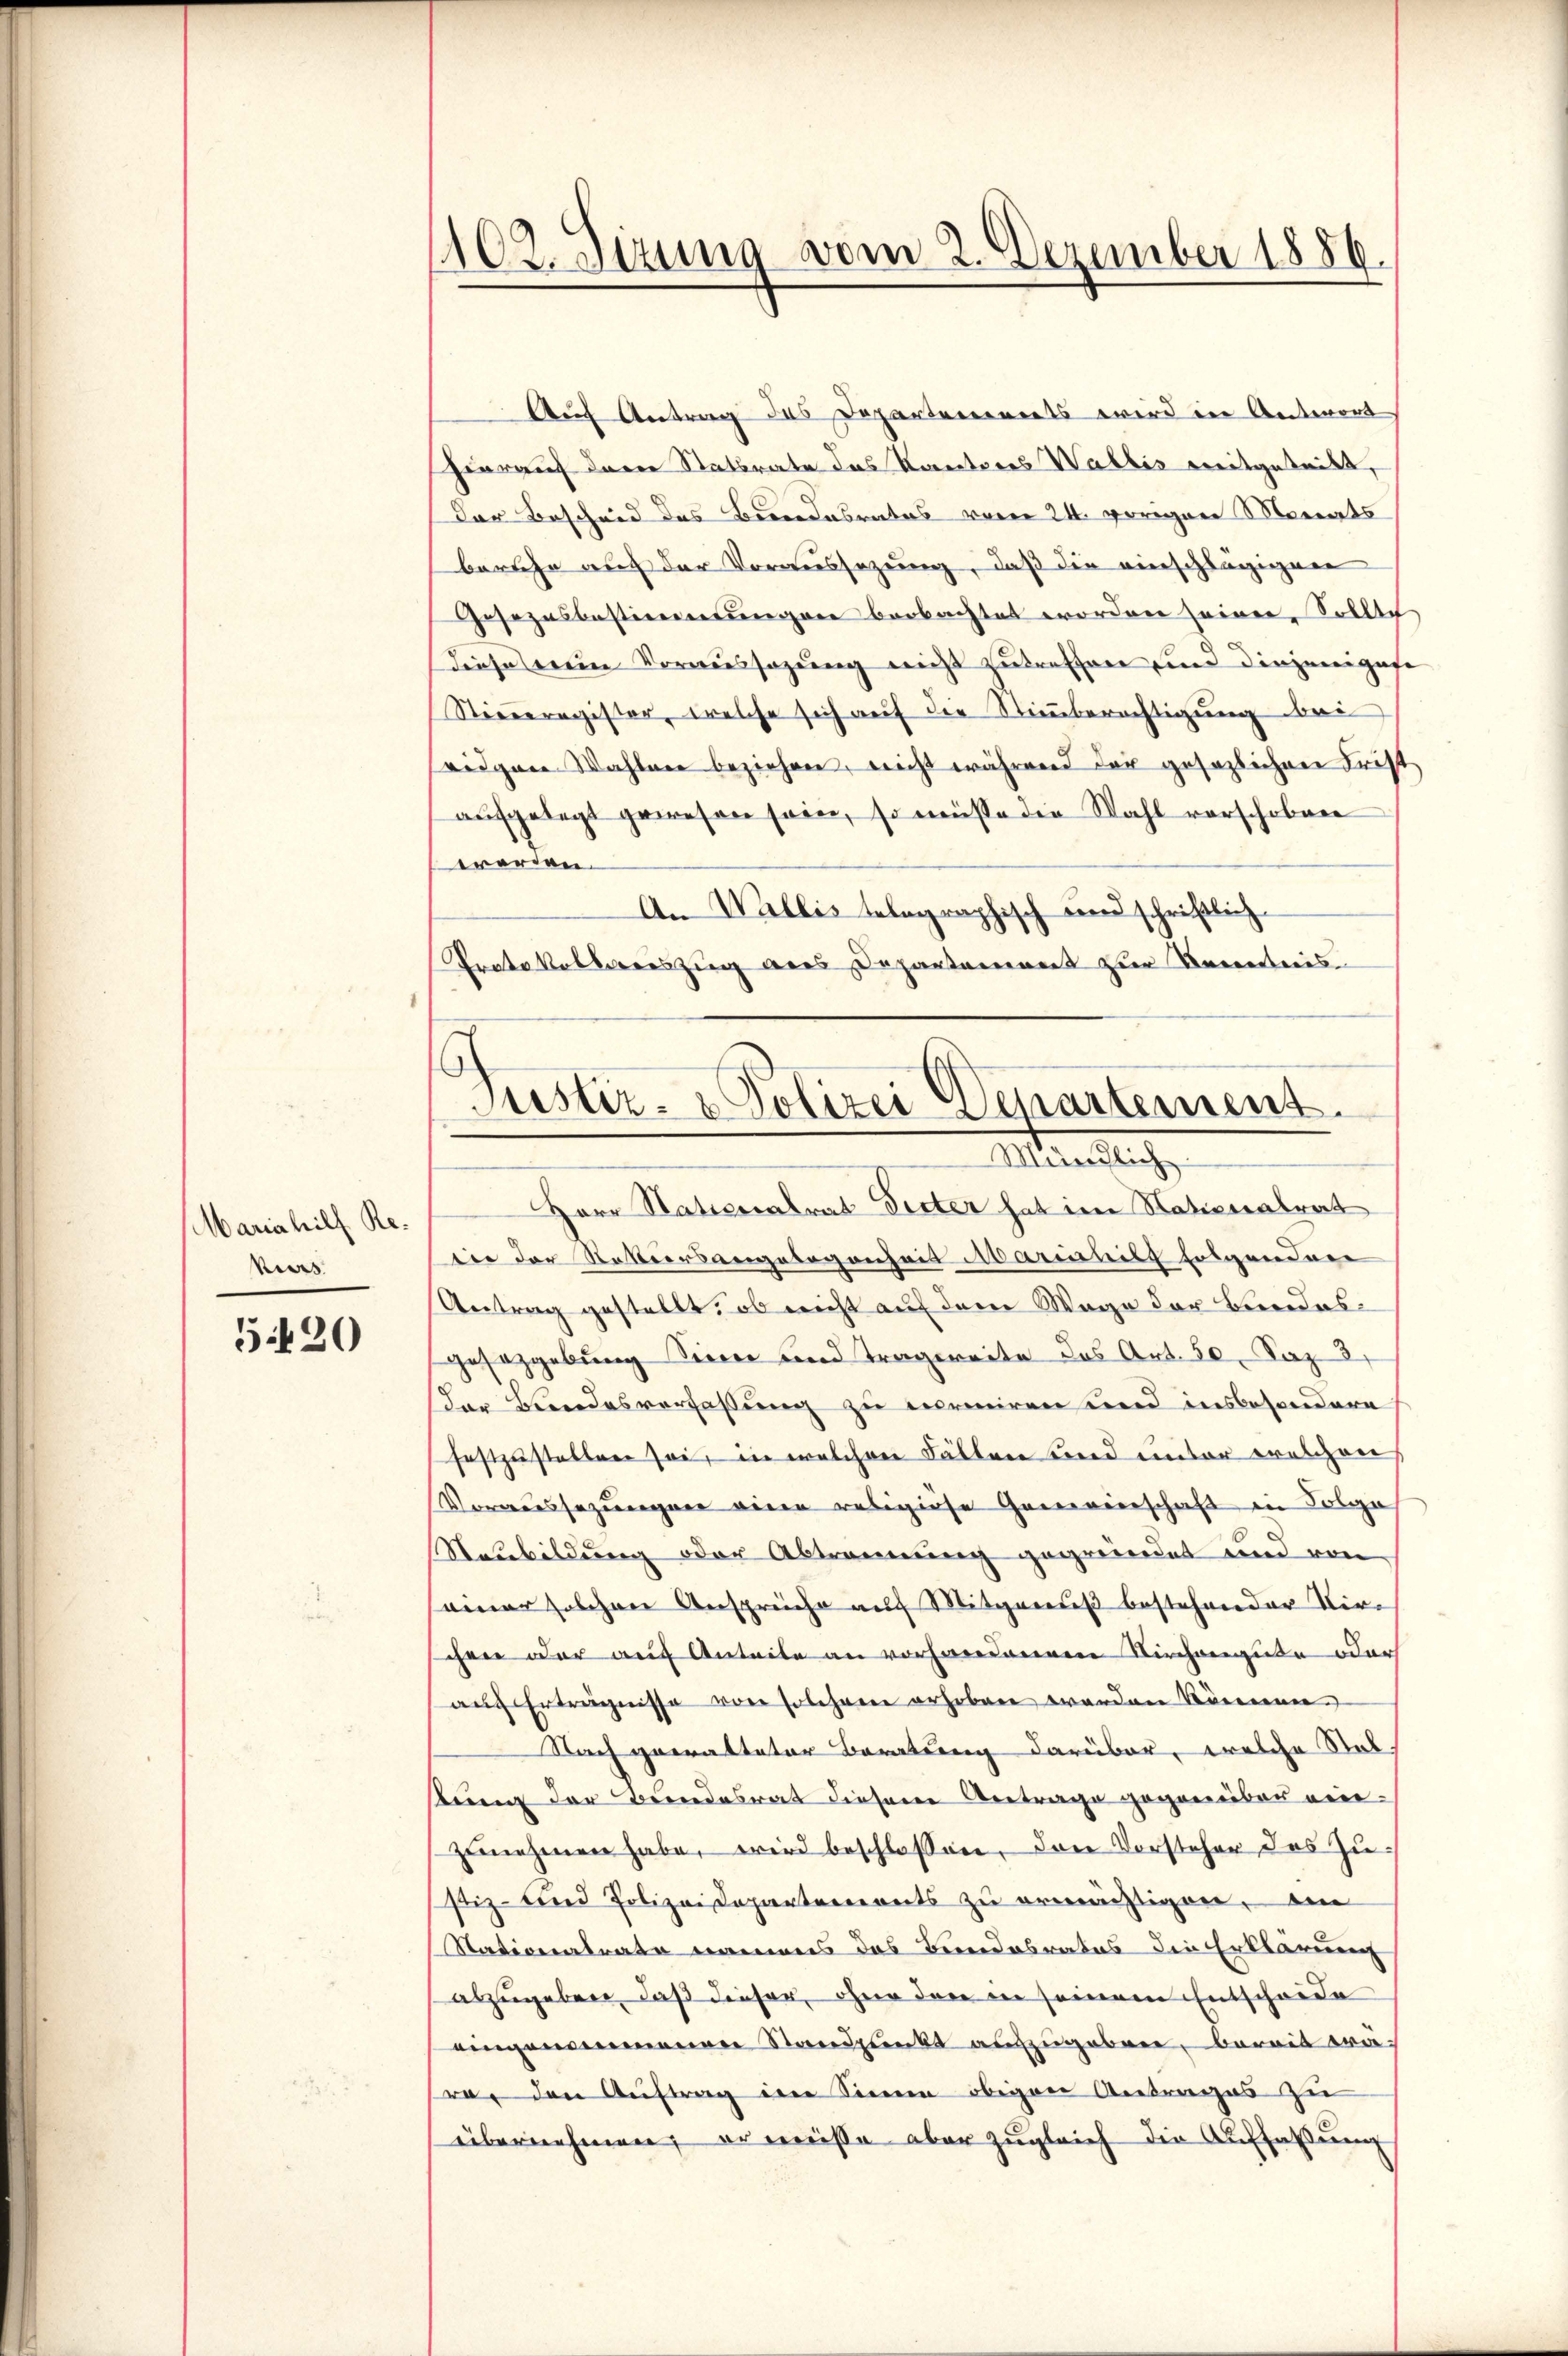
Mariahilf Re¬
Kirs

5420

102. Sitzung vom 2. Dezember 1886

Auch Antrag des Departements wird in Antwort
hiarauf deren Statbrate das Kantores Wallis mitgetritt,
Der Bescheid des Bundesrates vom 24. vorigen Monats
beruhe auch der Voraussezung, daß die einschlägigen
Gesezesbestimmungen beobachtet worden seiner, Sollte
diese meine Voraussagung nicht zutreffen und diejenigese |
Stiederegister, welche sich auf die Stimmberechtigung bei
seidgen Wahlen beziehen, nicht während der gesezlichen Frist
aufgelegt gewesen sein, so müsse die Wahl vorschobene
werden.
An Wallis telegraphisch und schriftlich
Protokolleriszug aus Departement zur Kenntnis.

Justiz- & Polizei Departement.
Alternstliche

Herr Natiorialrat Peter hat im Nationalrat
dee der Rettersangelegenheit Mariahilt folgenden
Antrag gestellt, ob nicht auf dem Wage der Bundesgesetzgebung Sinner und Tragereite das Art. 50, Saz 3.
der Bundesverfassung zu ermieren und insbesondere
festzustellen sei, in welchen Fällen sind unter welchen
Voraussezungen einen religiöse Genevierschaft in Folge
Neubildung oder Abtrennung gegründet und von
einer solchen Anspreche auf Mitgenuß bestehender Kirchen oder aŭf Anteile an vorhanderen Kirchengute oder
auch Erträgnisse von solehnen erhoben worden Römerenen
Nach gewalteter Beratung darüber, welche Stat.
bung der Beendesrat diesem Antrage gegenüber einzŭnehmen habe, wird beschlossen, den Vorsteher des Zustiz- tend Polizeidepartements zu ermächtigen, ein
Nationalrate namens das Bundesrates die Erklärung
abzugeben, daß dieser, ohne den in seinem Entscheide
eingenommenen Standpunkt aufzugeben, bereit wara den Aŭftrag im Sinne obigen Antrages zu
übernehmen, er müsse aber zugleich die Auffaßung